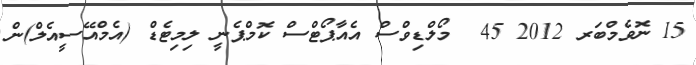
15 ނޮވެމްބަރ 2012 45  މޯލްޑިވްސް އެއާޕޯޓްސް ކޮމްޕެނީ ލިމިޓެޑް (އެމްއޭސީއެލް)ން